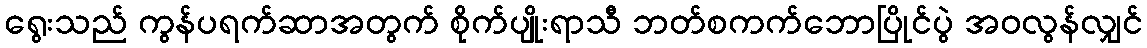
ရွေးသည် ကွန်ပရက်ဆာအတွက် စိုက်ပျိုးရာသီ ဘတ်စကက်ဘောပြိုင်ပွဲ အဝလွန်လျှင်